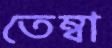
তেম্বা